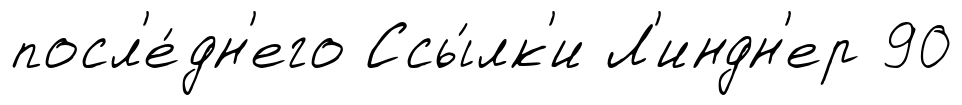
посл'е́дн'его Ссы́лк'и Л'индн'ер 90